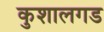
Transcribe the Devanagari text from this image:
कुशालगड